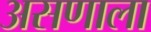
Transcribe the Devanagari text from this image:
असणाला